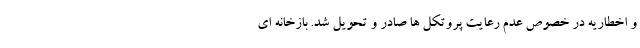
و اخطاریه در خصوص عدم رعایت پروتکل ها صادر و تحویل شد. بازخانه ای